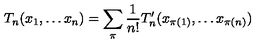
T _ { n } ( x _ { 1 } , \ldots x _ { n } ) = \sum _ { \pi } \frac { 1 } { n ! } T _ { n } ^ { \prime } ( x _ { \pi ( 1 ) } , \ldots x _ { \pi ( n ) } )